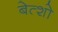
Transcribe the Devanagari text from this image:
बेत्शो